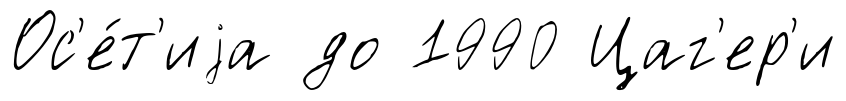
Ос'е́т'иjа до 1990 Цаг'ер'и